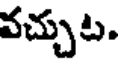
వచ్చుట.